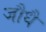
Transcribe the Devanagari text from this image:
जौधै